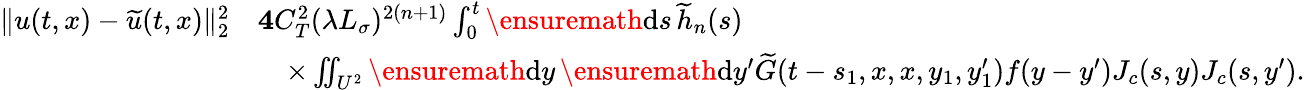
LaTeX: \begin{array}{rl}{\| u(t,x)-\widetilde{u}(t,x)\| _{2}^{2}}&{\le 4C_{T}^{2}(\lambda L_{\sigma})^{2(n+1)}\int_{0}^{t}\ensuremath{\mathrm{d}}s\, \widetilde{h}_{n}(s)}\\ &{\quad\times\iint_{U^{2}}\ensuremath{\mathrm{d}}y\, \ensuremath{\mathrm{d}}y^{\prime}\widetilde{G}(t-s_{1},x,x,y_{1},y_{1}^{\prime})f(y-y^{\prime})J_{c}(s,y)J_{c}(s,y^{\prime}).}\end{array}